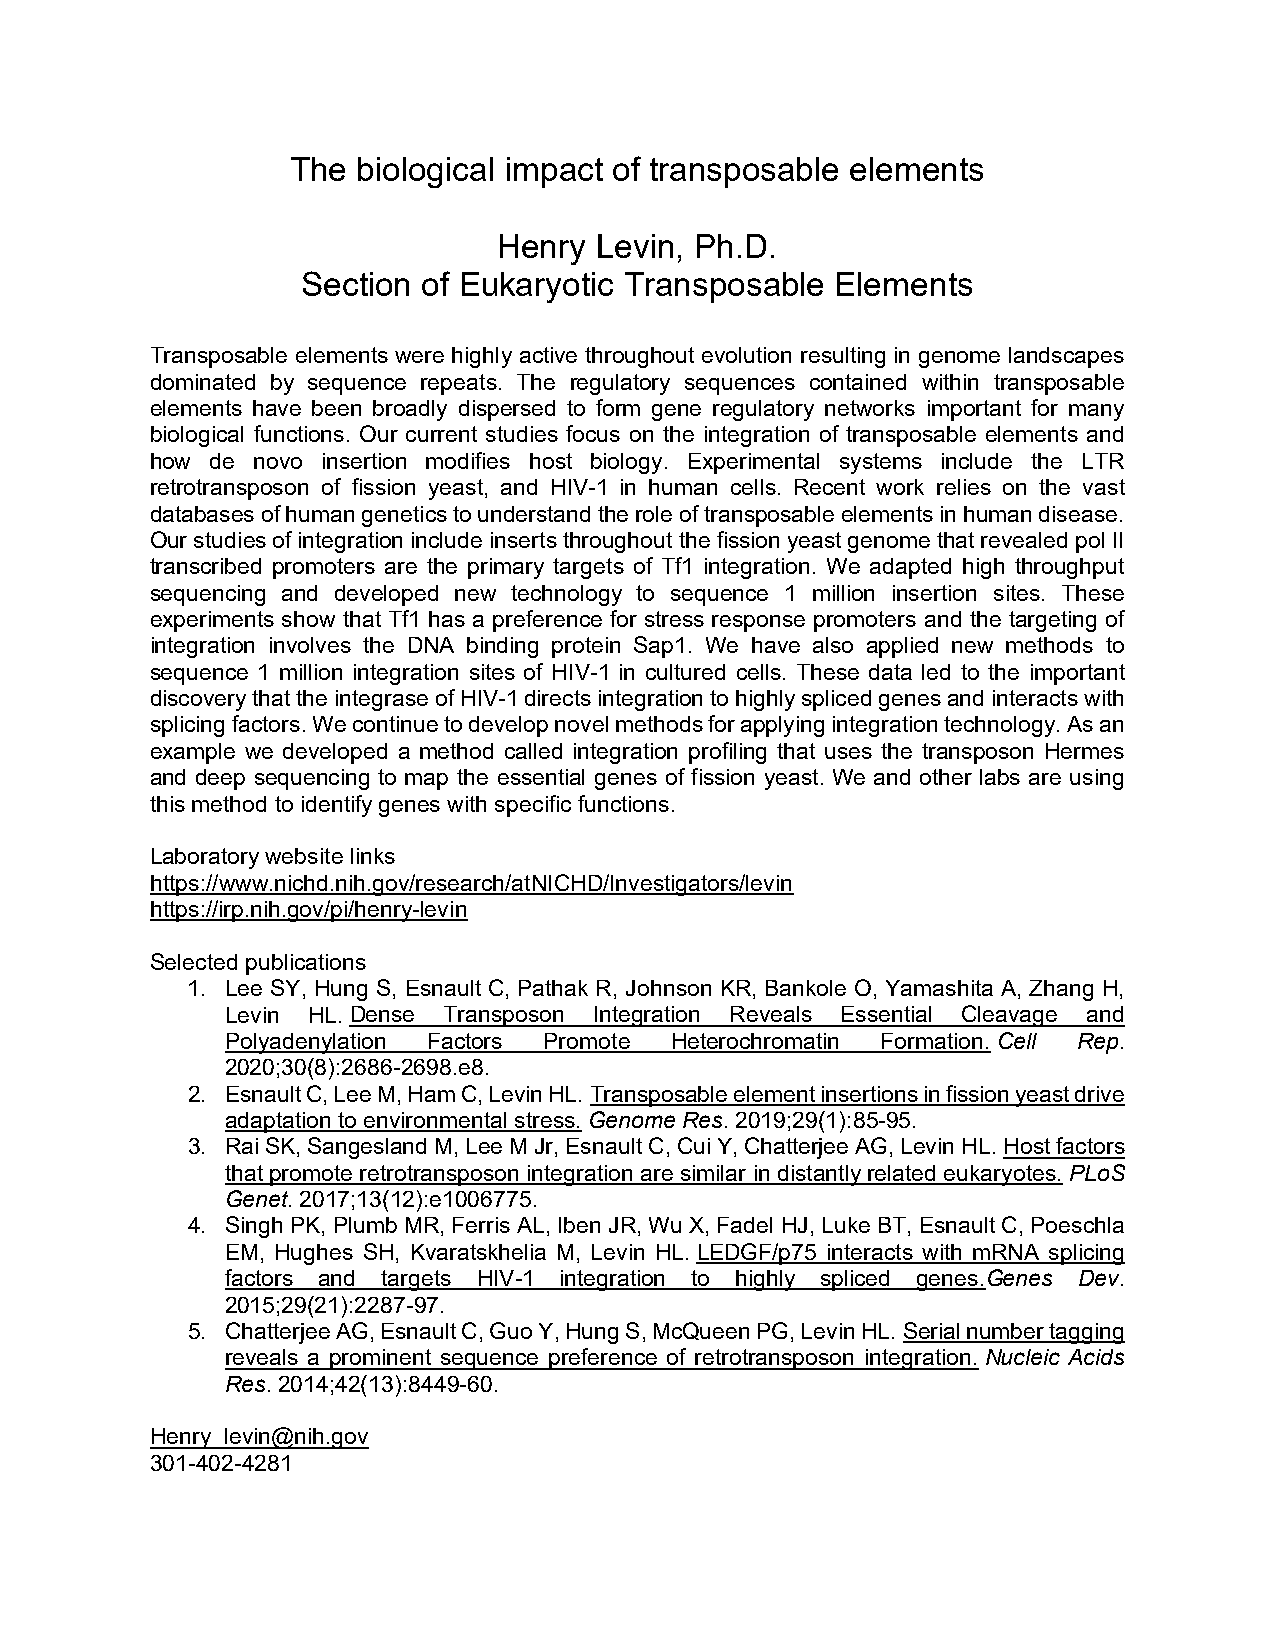
The  biological impact of transposable elements
 Henry Levin, Ph.D.
 Section of Eukaryotic Transposable Elements
 Transposable elements were highly active throughout evolution resulting in genome landscapes
 dominated by sequence repeats. The regulatory sequences contained within transposable
 elements have been broadly dispersed to form gene regulatory networks important for many
 biological functions. Our current studies focus on the integration of transposable elements and
 how de novo insertion modifies host biology. Experimental systems include the LTR
 retrotransposon of fission yeast, and HIV-1 in human cells. Recent work relies on the vast
 databases of human genetics to understand the role of transposable elements in human disease.
 Our studies of integration include inserts throughout the fission yeast genome that revealed pol II
 transcribed promoters are the primary targets of Tf1 integration. We adapted high throughput
 sequencing and developed new technology to sequence 1 million insertion sites. These
 experiments show that Tf1 has a preference for stress response promoters and the targeting of
 integration involves the DNA binding protein Sap1. We have also applied new methods to
 sequence 1 million integration sites of HIV-1 in cultured cells. These data led to the important
 discovery that the integrase of HIV-1 directs integration to highly spliced genes and interacts with
 splicing factors. We continue to develop novel methods for applying integration technology. As an
 example we developed a method called integration profiling that uses the transposon Hermes
 and deep sequencing to map the essential genes of fission yeast. We and other labs are using
 this method to identify genes with specific functions.
 Laboratory website links
 https://www.nichd.nih.gov/research/atNICHD/Investigators/levin
 https://irp.nih.gov/pi/henry-levin
 Selected publications
 1. Lee SY, Hung S, Esnault C, Pathak R, Johnson KR, Bankole O, Yamashita A, Zhang H,
 Levin HL. Dense Transposon Integration Reveals Essential Cleavage and
 Polyadenylation Factors Promote Heterochromatin Formation. Cell Rep.
 2020;30(8):2686-2698.e8.
 2. Esnault C, Lee M, Ham C, Levin HL. Transposable element insertions in fission yeast drive
 adaptation to environmental stress. Genome Res. 2019;29(1):85-95.
 3. Rai SK, Sangesland M, Lee M Jr, Esnault C, Cui Y, Chatterjee AG, Levin HL. Host factors
 that promote retrotransposon integration are similar in distantly related eukaryotes. PLoS
 Genet. 2017;13(12):e1006775.
 4. Singh PK, Plumb MR, Ferris AL, Iben JR, Wu X, Fadel HJ, Luke BT, Esnault C, Poeschla
 EM, Hughes SH, Kvaratskhelia M, Levin HL. LEDGF/p75 interacts with mRNA splicing
 factors and targets HIV-1 integration to highly spliced genes.Genes Dev.
 2015;29(21):2287-97.
 5. Chatterjee AG, Esnault C, Guo Y, Hung S, McQueen PG, Levin HL. Serial number tagging
 reveals a prominent sequence preference of retrotransposon integration. Nucleic Acids
 Res. 2014;42(13):8449-60.
 Henry_levin@nih.gov
 301-402-4281